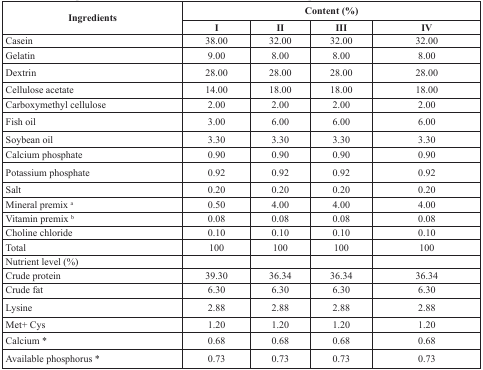
<table><thead><tr><td rowspan="2"><b>Ingredients</b></td><td colspan="4"><b>Content (%)</b></td></tr><tr><td><b>I</b></td><td><b>II</b></td><td><b>III</b></td><td><b>IV</b></td></tr></thead><tbody><tr><td>Casein</td><td>38.00</td><td>32.00</td><td>32.00</td><td>32.00</td></tr><tr><td>Gelatin</td><td>9.00</td><td>8.00</td><td>8.00</td><td>8.00</td></tr><tr><td>Dextrin</td><td>28.00</td><td>28.00</td><td>28.00</td><td>28.00</td></tr><tr><td>Cellulose acetate</td><td>14.00</td><td>18.00</td><td>18.00</td><td>18.00</td></tr><tr><td>Carboxymethyl cellulose</td><td>2.00</td><td>2.00</td><td>2.00</td><td>2.00</td></tr><tr><td>Fish oil</td><td>3.00</td><td>6.00</td><td>6.00</td><td>6.00</td></tr><tr><td>Soybean oil</td><td>3.30</td><td>3.30</td><td>3.30</td><td>3.30</td></tr><tr><td>Calcium phosphate</td><td>0.90</td><td>0.90</td><td>0.90</td><td>0.90</td></tr><tr><td>Potassium phosphate</td><td>0.92</td><td>0.92</td><td>0.92</td><td>0.92</td></tr><tr><td>Salt </td><td>0.20</td><td>0.20</td><td>0.20</td><td>0.20</td></tr><tr><td>Mineral premix <sup>a</sup></td><td>0.50</td><td>4.00</td><td>4.00</td><td>4.00</td></tr><tr><td>Vitamin premix <sup>b</sup></td><td>0.08</td><td>0.08</td><td>0.08</td><td>0.08</td></tr><tr><td>Choline chloride</td><td>0.10</td><td>0.10</td><td>0.10</td><td>0.10</td></tr><tr><td>Total</td><td>100</td><td>100</td><td>100</td><td>100</td></tr><tr><td>Nutrient level (%)</td><td></td><td></td><td></td><td></td></tr><tr><td>Crude protein</td><td>39.30</td><td>36.34</td><td>36.34</td><td>36.34</td></tr><tr><td>Crude fat</td><td>6.30</td><td>6.30</td><td>6.30</td><td>6.30</td></tr><tr><td>Lysine</td><td>2.88</td><td>2.88</td><td>2.88</td><td>2.88</td></tr><tr><td>Met+ Cys</td><td>1.20</td><td>1.20</td><td>1.20</td><td>1.20</td></tr><tr><td>Calcium *</td><td>0.68</td><td>0.68</td><td>0.68</td><td>0.68</td></tr><tr><td>Available phosphorus *</td><td>0.73</td><td>0.73</td><td>0.73</td><td>0.73</td></tr></tbody></table>